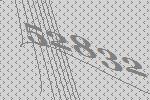
52832